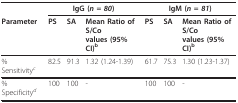
<table><thead><tr><td></td><td colspan="3"><b>IgG (<i>n = 80</i>)</b></td><td colspan="3"><b>IgM (<i>n = 81</i>)</b></td></tr><tr><td><b>Parameter</b></td><td><b>PS</b></td><td><b>SA</b></td><td><b>Mean Ratio of S/Co values (95% CI)<sup>b</sup></b></td><td><b>PS</b></td><td><b>SA</b></td><td><b>Mean Ratio of S/Co values (95% CI)<sup>b</sup></b></td></tr></thead><tbody><tr><td>% Sensitivity<sup><i>c</i></sup></td><td>82.5</td><td>91.3</td><td>1.32 (1.24-1.39)</td><td>61.7</td><td>75.3</td><td>1.30 (1.23-1.37)</td></tr><tr><td>% Specificity<sup><i>d</i></sup></td><td>100</td><td>100</td><td>-</td><td>100</td><td>100</td><td>-</td></tr></tbody></table>